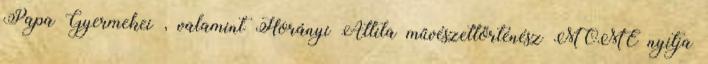
Papa Gyermekei , valamint Horányi Attila művészettörténész MOME nyitja